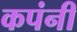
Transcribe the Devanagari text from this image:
कपंनी